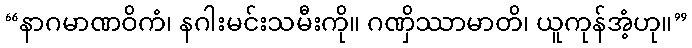
“နာဂမာဏဝိကံ၊ နဂါးမင်းသမီးကို။ ဂဏှိဿာမာတိ၊ ယူကုန်အံ့ဟု။”